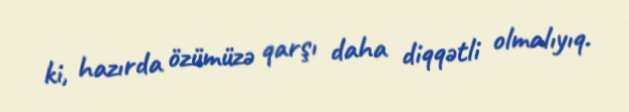
ki, hazırda özümüzə qarşı daha diqqətli olmalıyıq.